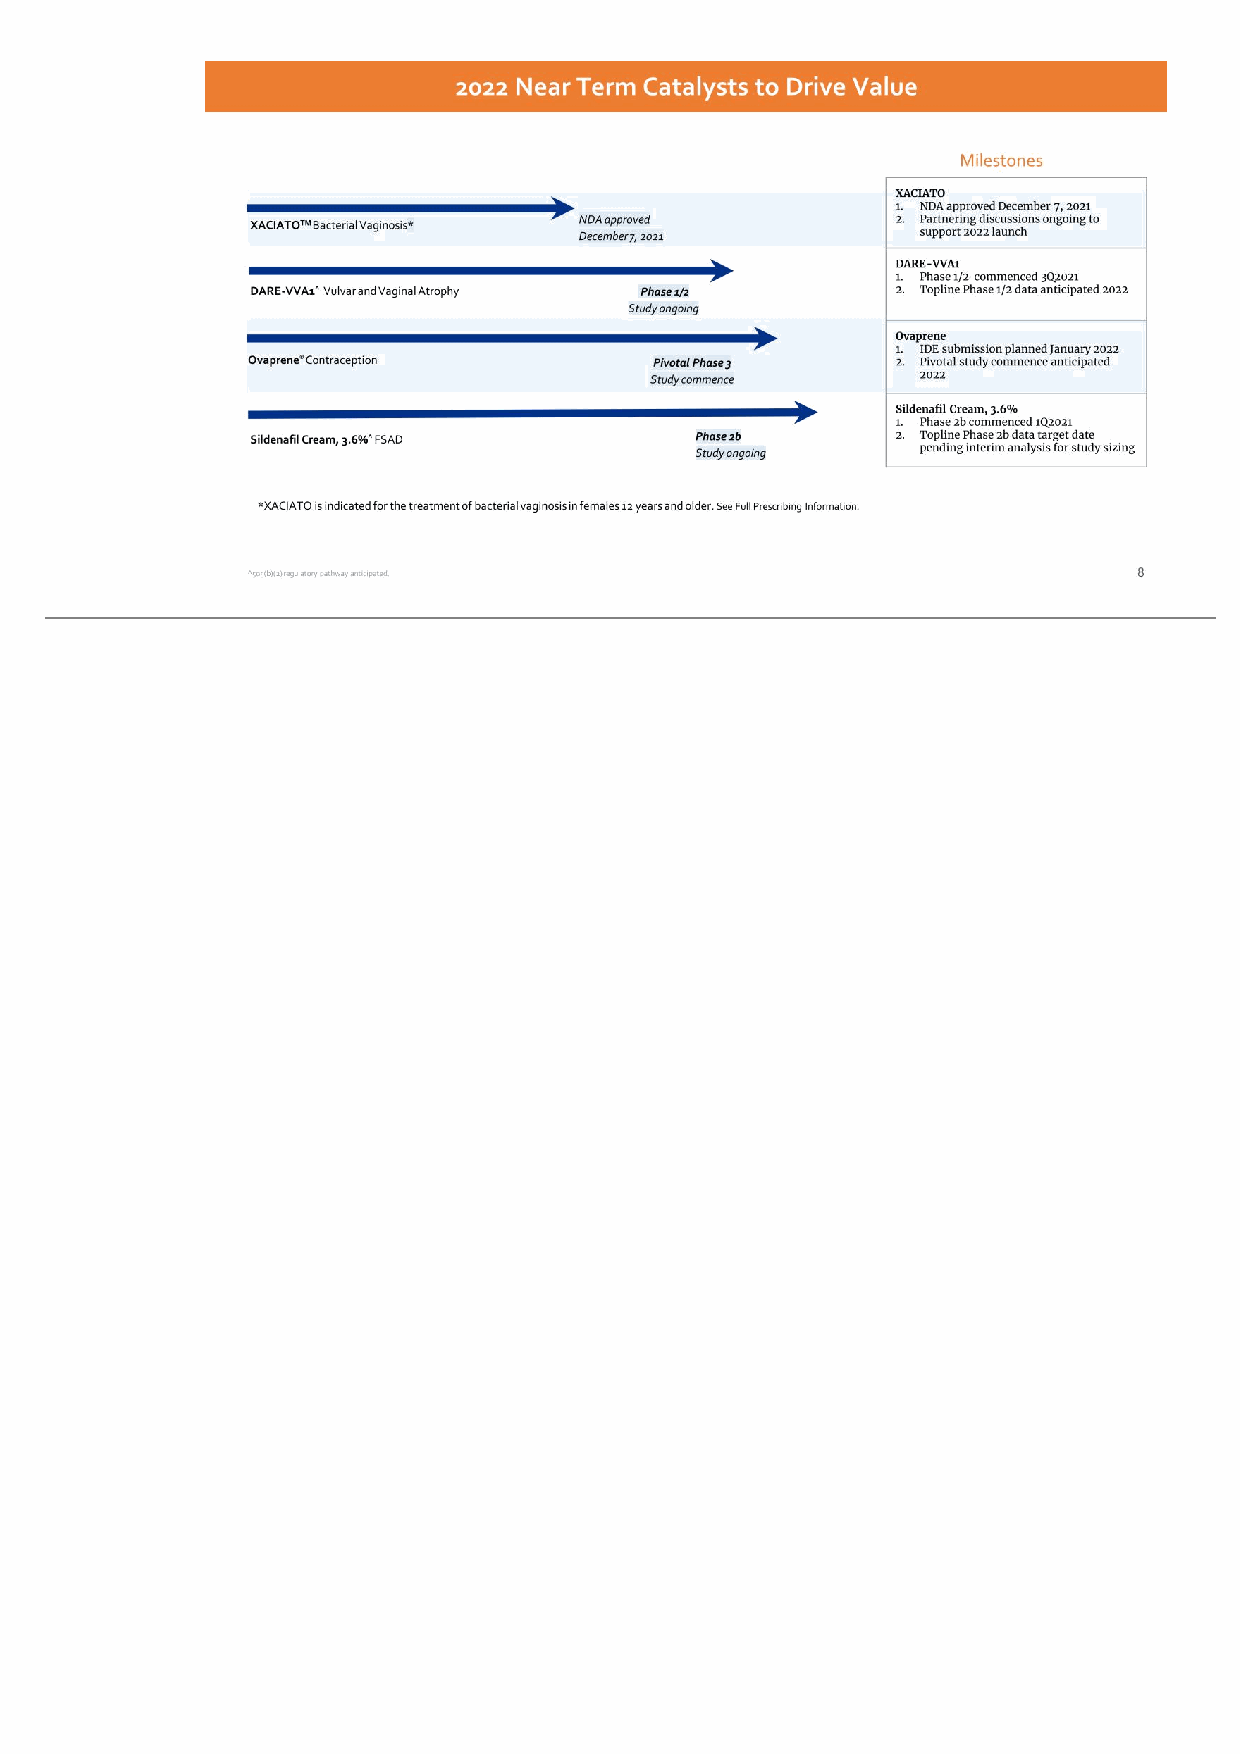
8 Near Term Catalysts to Drive Value XACIATO 1. NDA approved December 7, 2021 2. Partnering discussions ongoing to support 2022 launch DARE-VVA1 1. Phase 1/2 commenced 3Q2021 2. Topline Phase 1/2 data anticipated 2022 Ovaprene 1. IDE submission planned January 2022 2. Pivotal study commence anticipated 2022 Sildenafil Cream, 3.6% 1. Phase 2b commenced 1Q2021 2. Topline Phase 2b data target date pending interim analysis for study sizing XACIATOTM Bacterial Vaginosis* Sildenafil Cream, 3.6%^ FSAD Phase 2b Study ongoing Ovaprene® Contraception Pivotal Phase 3 Study commence ^505(b)(2) regulatory pathway anticipated. Milestones 2022 Near Term Catalysts to Drive Value NDA approved December 7, 2021 Phase 1/2 Study ongoing DARE-VVA1^ Vulvar and Vaginal Atrophy *XACIATO is indicated for the treatment of bacterial vaginosis in females 12 years and older. See Full Prescribing Information.